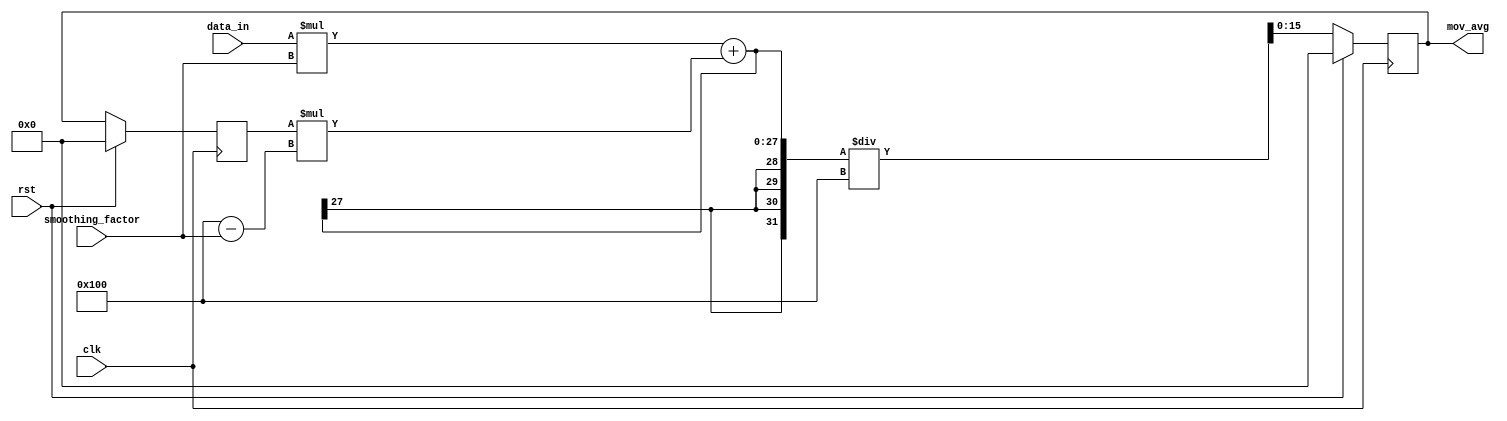
module exp_mov_avg_accum (
    input clk,
    input rst,
    input signed [15:0] data_in,
    input signed [7:0] smoothing_factor,
    output reg signed [15:0] mov_avg
);

reg signed [15:0] prev_avg;

always @(posedge clk) begin
    if (rst) begin
        mov_avg <= 0;
        prev_avg <= 0;
    end else begin
        prev_avg <= mov_avg;
        mov_avg <= ((data_in * smoothing_factor) + (prev_avg * (256 - smoothing_factor))) / 256;
    end
end

endmodule